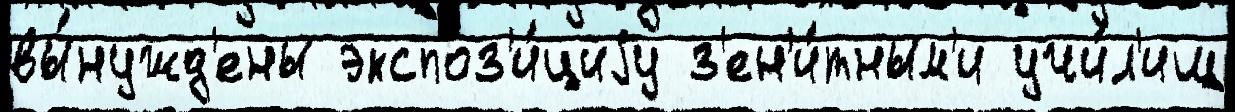
вы́нужд'ены экспоз'и́циjу з'ен'и́тным'и учи́л'ищ